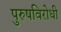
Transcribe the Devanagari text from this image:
पुरुषविरोधी